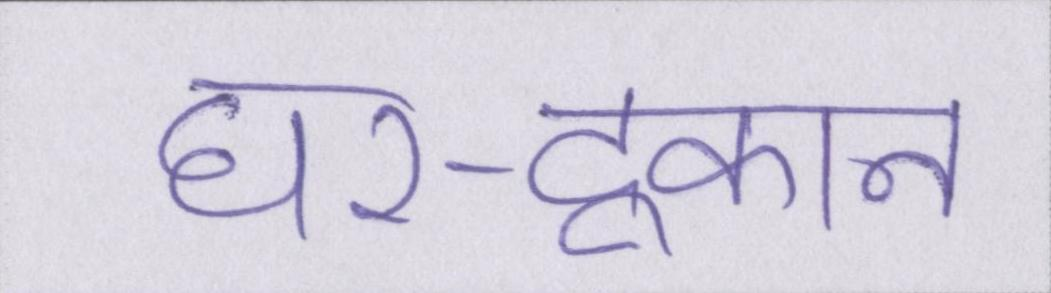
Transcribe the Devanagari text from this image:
घर-दूकान